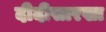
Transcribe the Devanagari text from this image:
दीदीसारखा